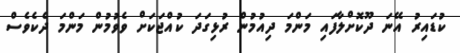
ކުޑައިރު އޭނަ ދޫކޮށްލާފައި މަންމަ ދިއުމުން ރުޅިގަދަ ކުއްޖަކަށް ވެވުމުން މަންމަ ދެކެވެސް